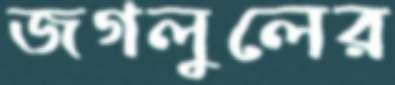
জগলুলের